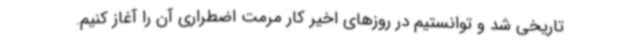
تاریخی شد و توانستیم در روزهای اخیر کار مرمت اضطراری آن را آغاز کنیم.